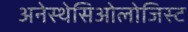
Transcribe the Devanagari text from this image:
अनेस्थेसिओलोजिस्ट